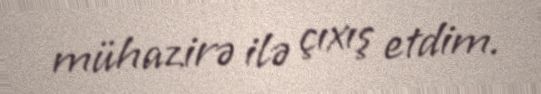
mühazirə ilə çıxış etdim.